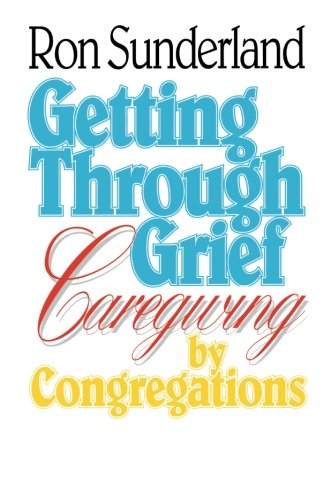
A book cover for Getting Through Grief: Caregiving by Congregations; Ronald Sunderland; Christian Books & Bibles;